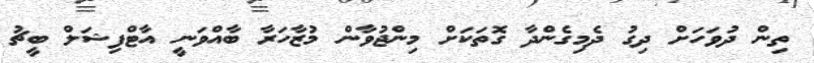
ތިން ދުވަހަށް ދިގު ދެމިގެންދާ ގޮތަކަށް މިންޖުވާން މުޒާހަރާ ބާއްވަނީ އާޓްފިޝަލް ބީޗު